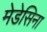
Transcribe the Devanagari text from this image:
मेडेसिना